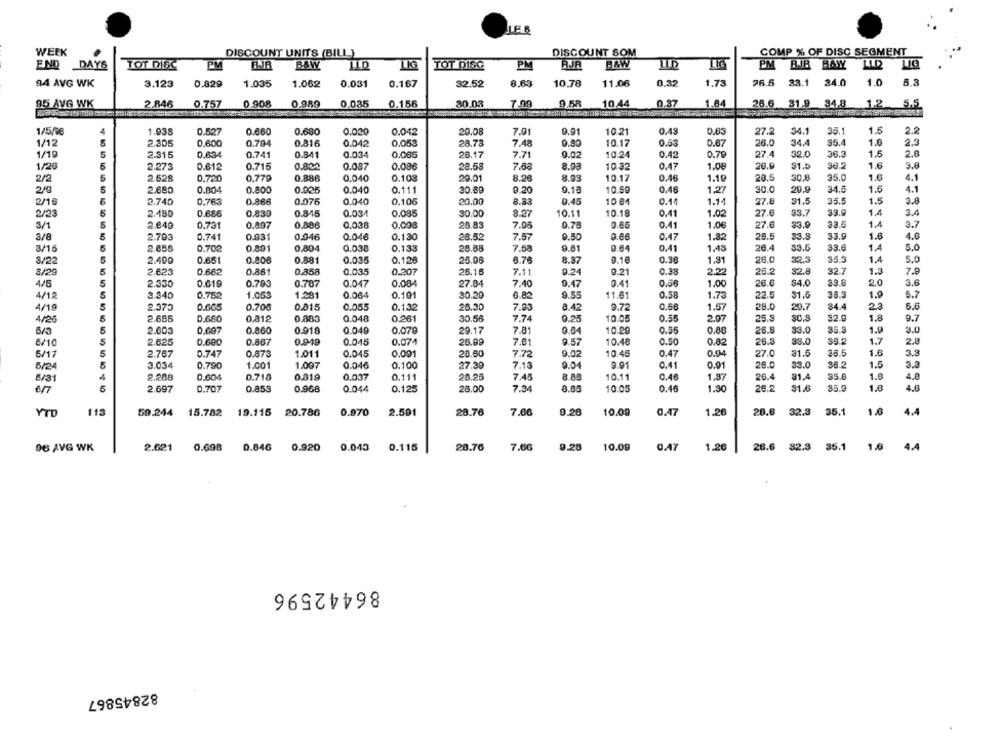
LER
WEEK
DISCOUNT UNITS (BILL)
DISCOUNT SOM
COMP % OF DISC SEGMENT
END DAYS
TOT DISC
PM
B&W
LIG
TOT DISC
PM
AJA
B&W
LID
LIG
EM BJJB BAW
0.32
1.73
26.5
33.1
24.0
1.0
5.3
94 AVG WK
3.123
0.829
1.035
1.062
0.031
0.167
32.52
8.63
10.78
11.06
95 AVG WK
2.846
0.908
0.989
0.035
0.156
30.03
7.99
10.44
0.37
1.64
26.6 31.9 34.8
1.2
5.5
0.757
1/5/08
4
1.938
0.527
0.660
0.680
0.020
0.042
20.08
7.01
9.91
10.21
0.49
0.63
27.2
34.1
33.1
1.5
2.2
1/12
5
2.305
0.816
28.78
9.90
0.63
D.67
26.0
34.4
$5.4
1.0
2.2
0.600
0.794
0.042
0.053
7.48
10.17
1/19
5
2.315
0.634
0.741
0.841
0.034
0.065
28.17
7.7
9.02
10.24
0.42
0.79
27.4
32.0
36.2
1.5
2.8
1.6
3.0
1/26
2.273
0.612
0.715
0.800
0.087
0.086
28.58
7.88
8.08
10.32
0.47
1.08
26.9
31.5
36.2
2/2
2.528
0.720
0,779
0.886
0.040
0.108
29.01
8.26
8.93
10.17
0.46
1.19
20.5
30.8
35.0
1.6
4.1
2/9
5
2.680
0.804
0.800
0.025
0.040
0.111
30.89
0.20
9.13
10.59
0.46
1,27
30.0
29.9
34.5
1.5
4.1
2/16
2,740
0.763
0.866
0.076
0.040
0.106
20.00
8.53
0.45
10.04
0.14
1.14
27.0
31.5
35.5
1.5
3.8
2123
5
2.480
0.686
0.830
0.845
0.034
0.085
30.00
8.27
10.11
10.18
0.41
1.02
27.6
33.7
39.9
1.4
3.4
5
1.4
3.7
3/1
2.649
0.731
0.897
0.886
0.038
0.098
25.83
7.95
9.76
9.85
0.41
1.0€
27.6
33.9
3/8
2.793
0.741
0.931
0.946
0.046
0.130
28.52
7.57
9.50
9.66
0.47
1.32
29.5
33.8
33.9
1.6
4.0
3/15
5
2.658
0.700
0.80
0.804
0.038
0.133
28.68
7.58
9.61
9.64
0.41
1.45
28.4
33.6
33.6
1.4
5.0
3/22
2.490
0.651
0.806
0.88
0.035
0.126
25.96
6.78
8.37
9.16
0.30
1.31
26.0
32.5
35.3
1.4
5.0
8/20
5
2.623
0.662
0.861
0.858
0.035
0.207
26.15
7.11
9.24
9.21
0.38
2.22
25.2
32.8
32.7
1.3
7.
4/5
5
2.330
0.619
0.793
0.707
0.047
0.084
27.04
7.40
9.47
9.41
1.00
26.6
34.0
33.6
2.0
3.6
4/12
3.340
0.752
1.050
0.064
0.101
20.20
6.82
9.55
11.61
0.58
1.73
22.5
31.5
38.3
1.9
6.7
5
4/19
2.373
0.665
0.70€
0.815
0.055
0.132
20.30
7.90
8.43
9.72
0.66
1.57
28.0
20.7
84.4
23
5.6
4/26
5
2.685
0.680
0.812
0,883
0.048
0.261
30.56
7.74
0.25
10.00
0.55
2.07
25.9
SO.S
32.9
1.8
9.7
5
2.603
0.697
0.860
0.918
0.049
0.079
29.17
7.81
9.64
10.20
0.56
0.88
26.8
33.0
1.9
3.0
6/10
5
2.625
0.600
0.867
0.919
0.045
0.074
28.99
7.61
9.57
10.48
0.50
0.02
26.3
33.0
35.º
1.7
2.8
5/17
5
2.767
0.747
0.873
1.011
0.045
0.091
28.60
7.72
9.02
10.45
0.47
0.94
27.0
31.5
38.5
1.6
3.9
3.034
0.04€
9.04
0.91
36.2
1.5
3.
5/24
0.790
1.001
1.007
0.100
27.39
7.13
9.91
0.41
26.0
33.0
6/31
4
2.208
0.604
0.718
0.819
0.037
0.111
28.25
7.45
10.11
0.46
1.37
26.4
31.4
35.0
1.8
4.8
6/7
5
2.697
0.707
0.853
0.968
0.044
0.125
28.00
7.34
10.05
0.46
1.30
26.2
31.6
1.6
4.6
YTD
113
59.244
15.782
19.115
20.786
0.970
2.501
28.76
7.66
9.28
10.00
0.47
1.26
26.6
32.3
35.1
1.6
4.4
1.26
35.1
1.6
96 AVG WK
2.621
0.698
0.846
0.920
0.043
0.115
28.76
7.66
9.28
10.09
0.47
26.6
82.3
4.4
86442596
82845867